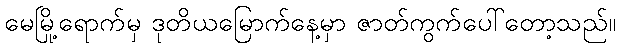
မေမြို့ရောက်မှ ဒုတိယမြောက်နေ့မှာ ဇာတ်ကွက်ပေါ်တော့သည်။